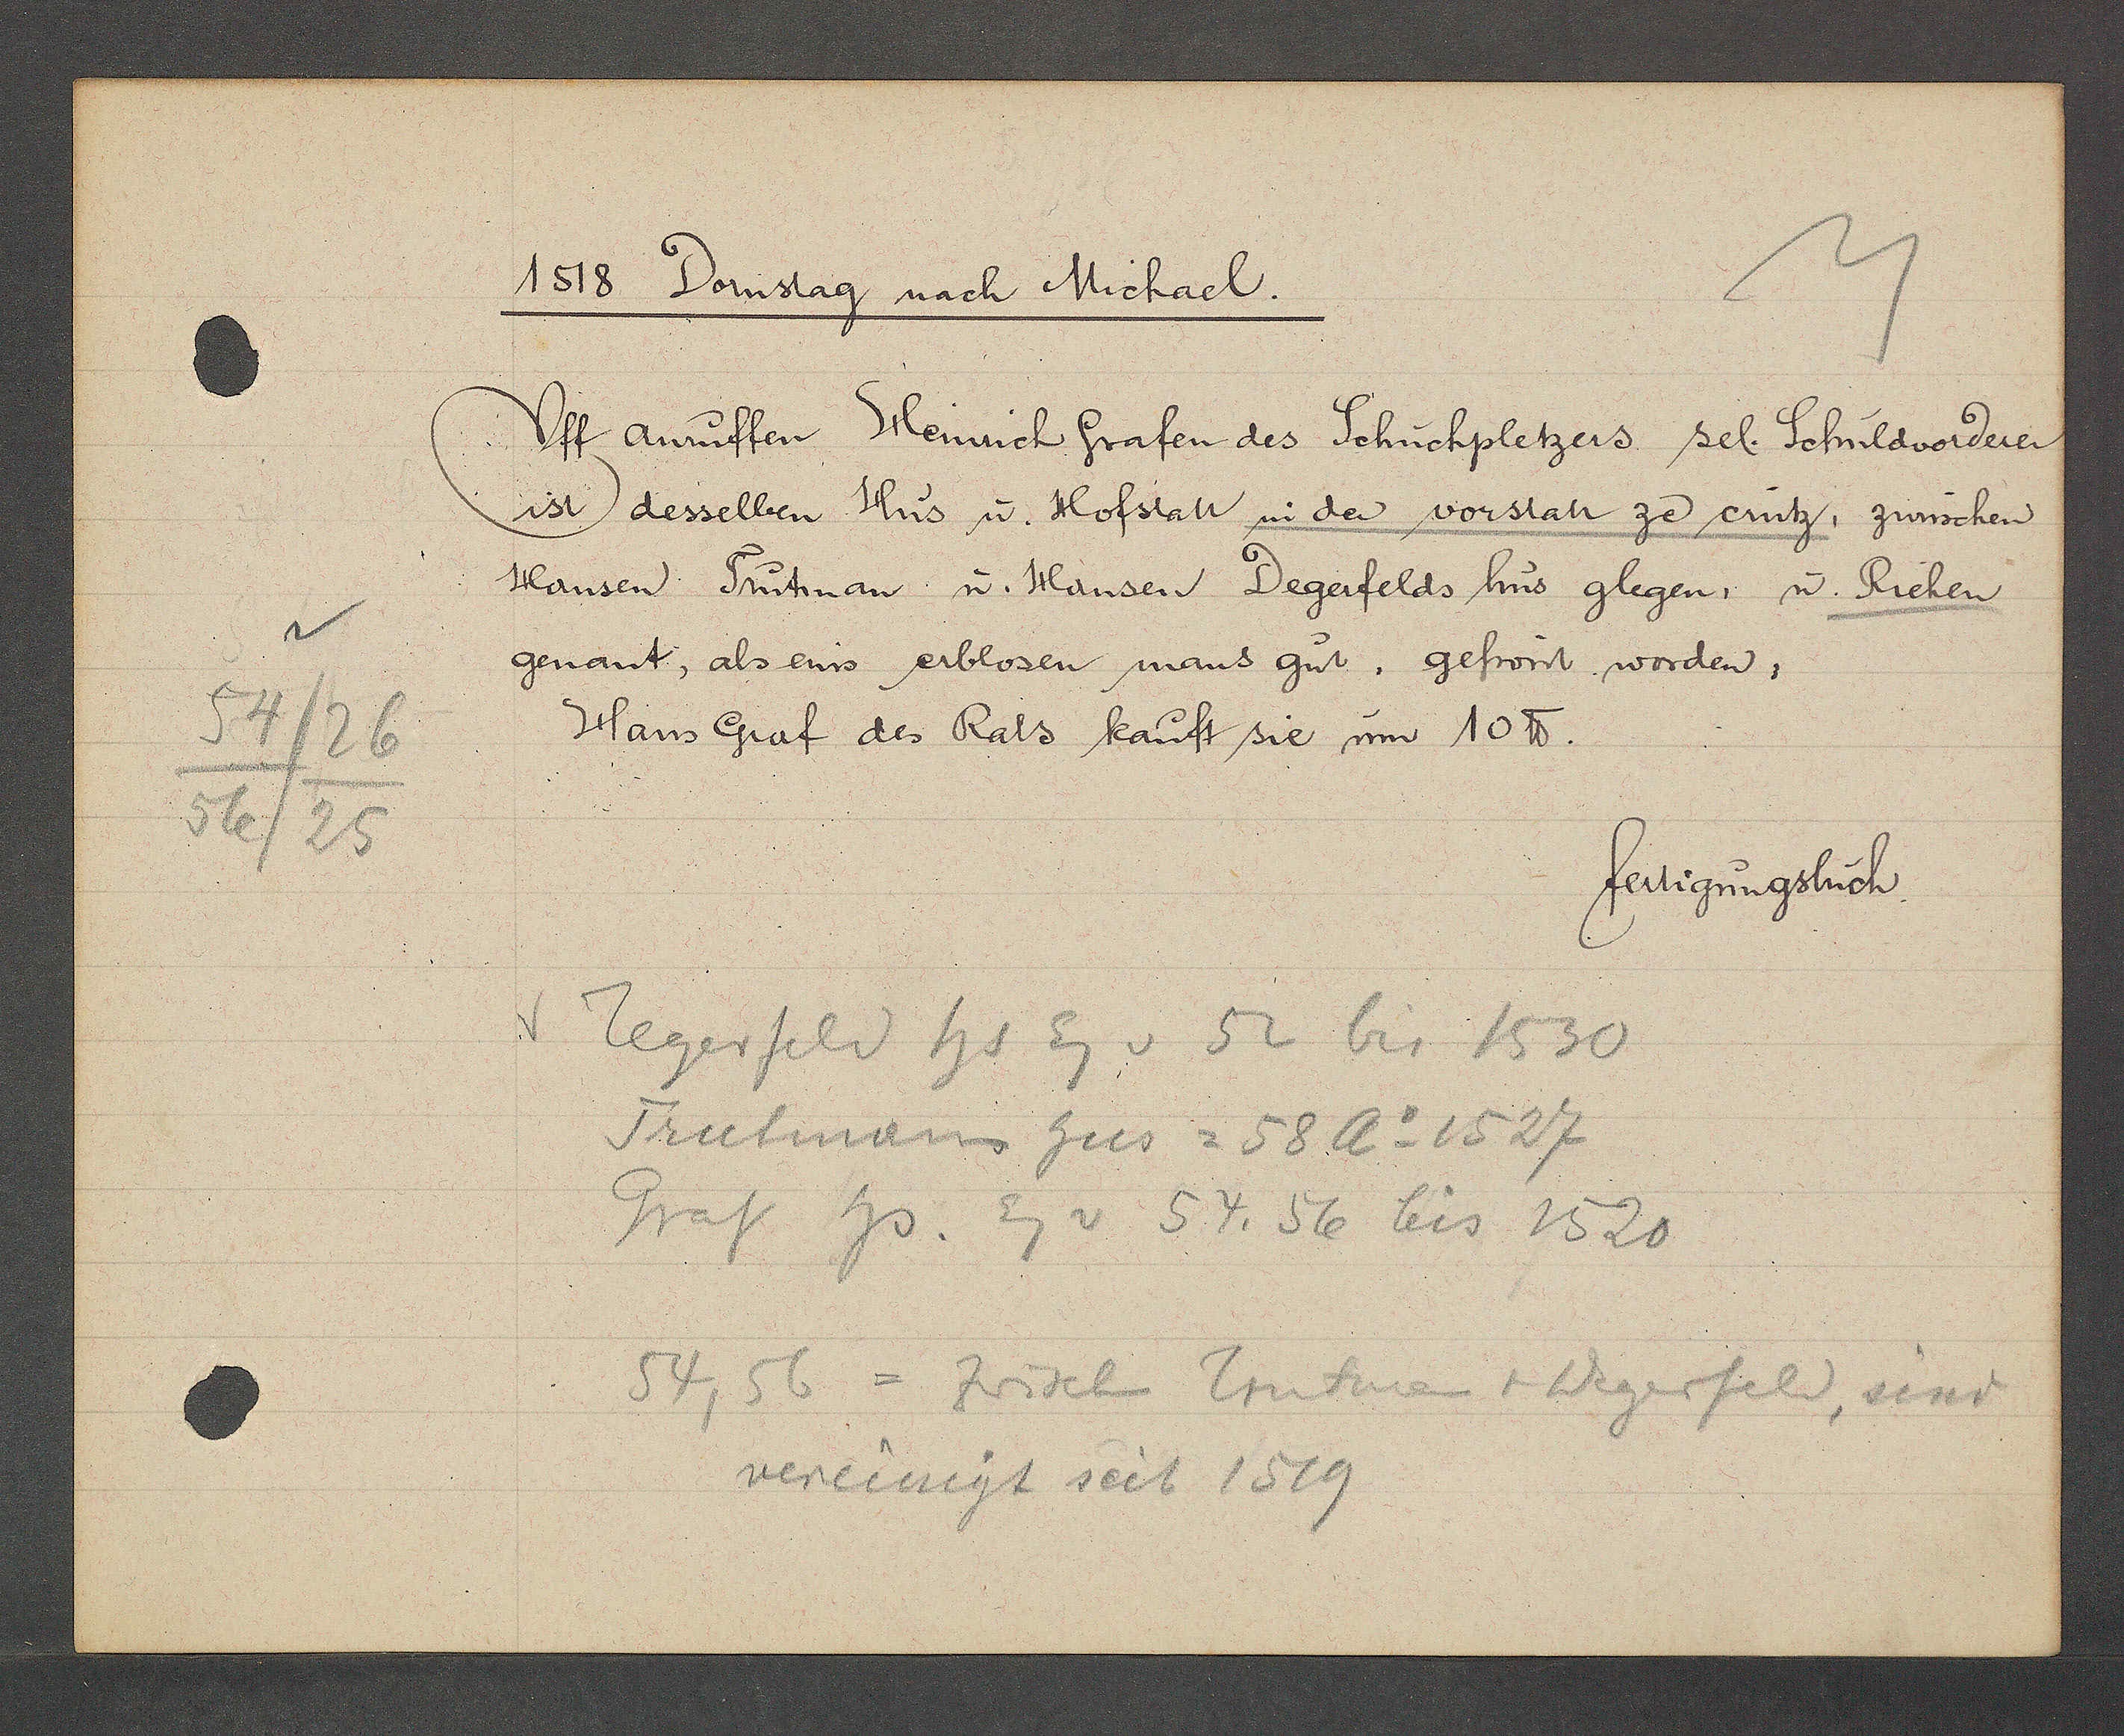
Transcript:
54
/26
56/
25

1518 Donstag nach Michael.

Uff anruffen Heinrich Grafen des Schuchpletzers sel. Schuldvorderer
ist desselben Hus u. Hofstatt in der vorstatt ze crütz, zwüschen
Hansen Trutman u. Hansen Degerfelds hus glegen, u. Riehen
genant, als eins erblosen mans gut, gefrönt worden.
Hans Graf des Rats kauft sie um 10℔.

fertigungsbuch.

v Degerfeld hs Eg v 52 bis 1530
Trutman hus = 58 Ao 1527
Graf hs. Eg v 54. 56 bis 1520
54, 56 = Zwischen Trutman + Wegerfeld, sind
vereinigt seit 1519